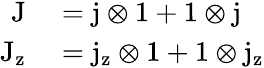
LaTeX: \begin{array}{rl}{\mathrm{J}}&{{}=\mathrm{j}\otimes 1+1\otimes\mathrm{j}}\\ {\mathrm{J}_{\mathrm{z}}}&{{}=\mathrm{j}_{\mathrm{z}}\otimes 1+1\otimes\mathrm{j}_{\mathrm{z}}}\end{array}